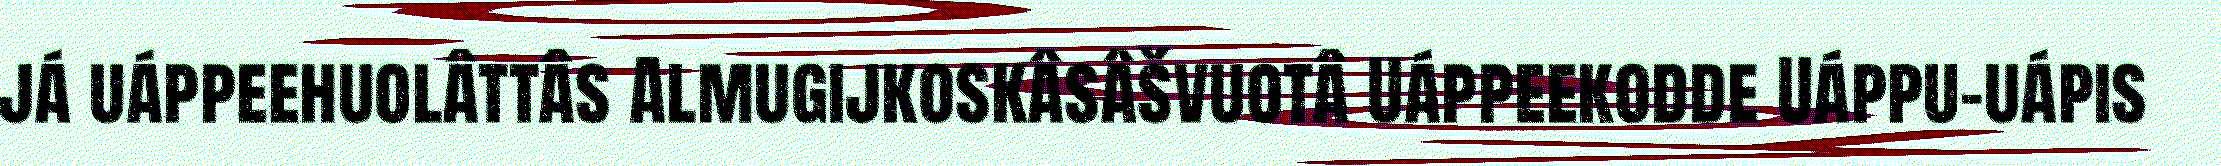
já uáppeehuolâttâs Almugijkoskâsâšvuotâ Uáppeekodde Uáppu-uápis